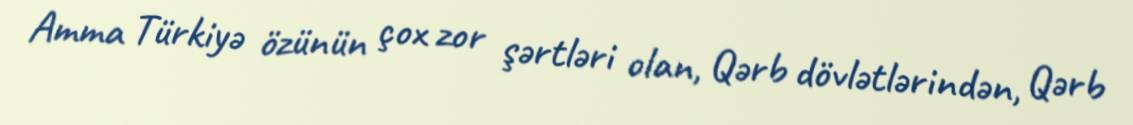
Amma Türkiyə özünün çox zor şərtləri olan, Qərb dövlətlərindən, Qərb